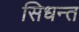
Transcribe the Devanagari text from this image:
सिधन्त